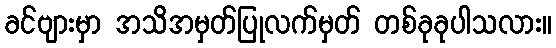
ခင်ဗျားမှာ အသိအမှတ်ပြုလက်မှတ် တစ်ခုခုပါသလား။